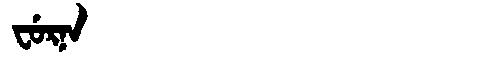
Manchu: ᠸᡠᡵᠨᠠ
Romanization: FURNA